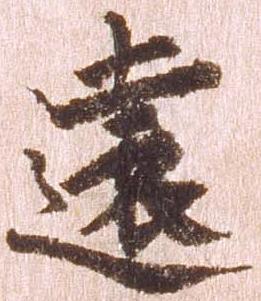
遠